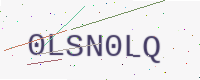
Text: 0LSN0LQ